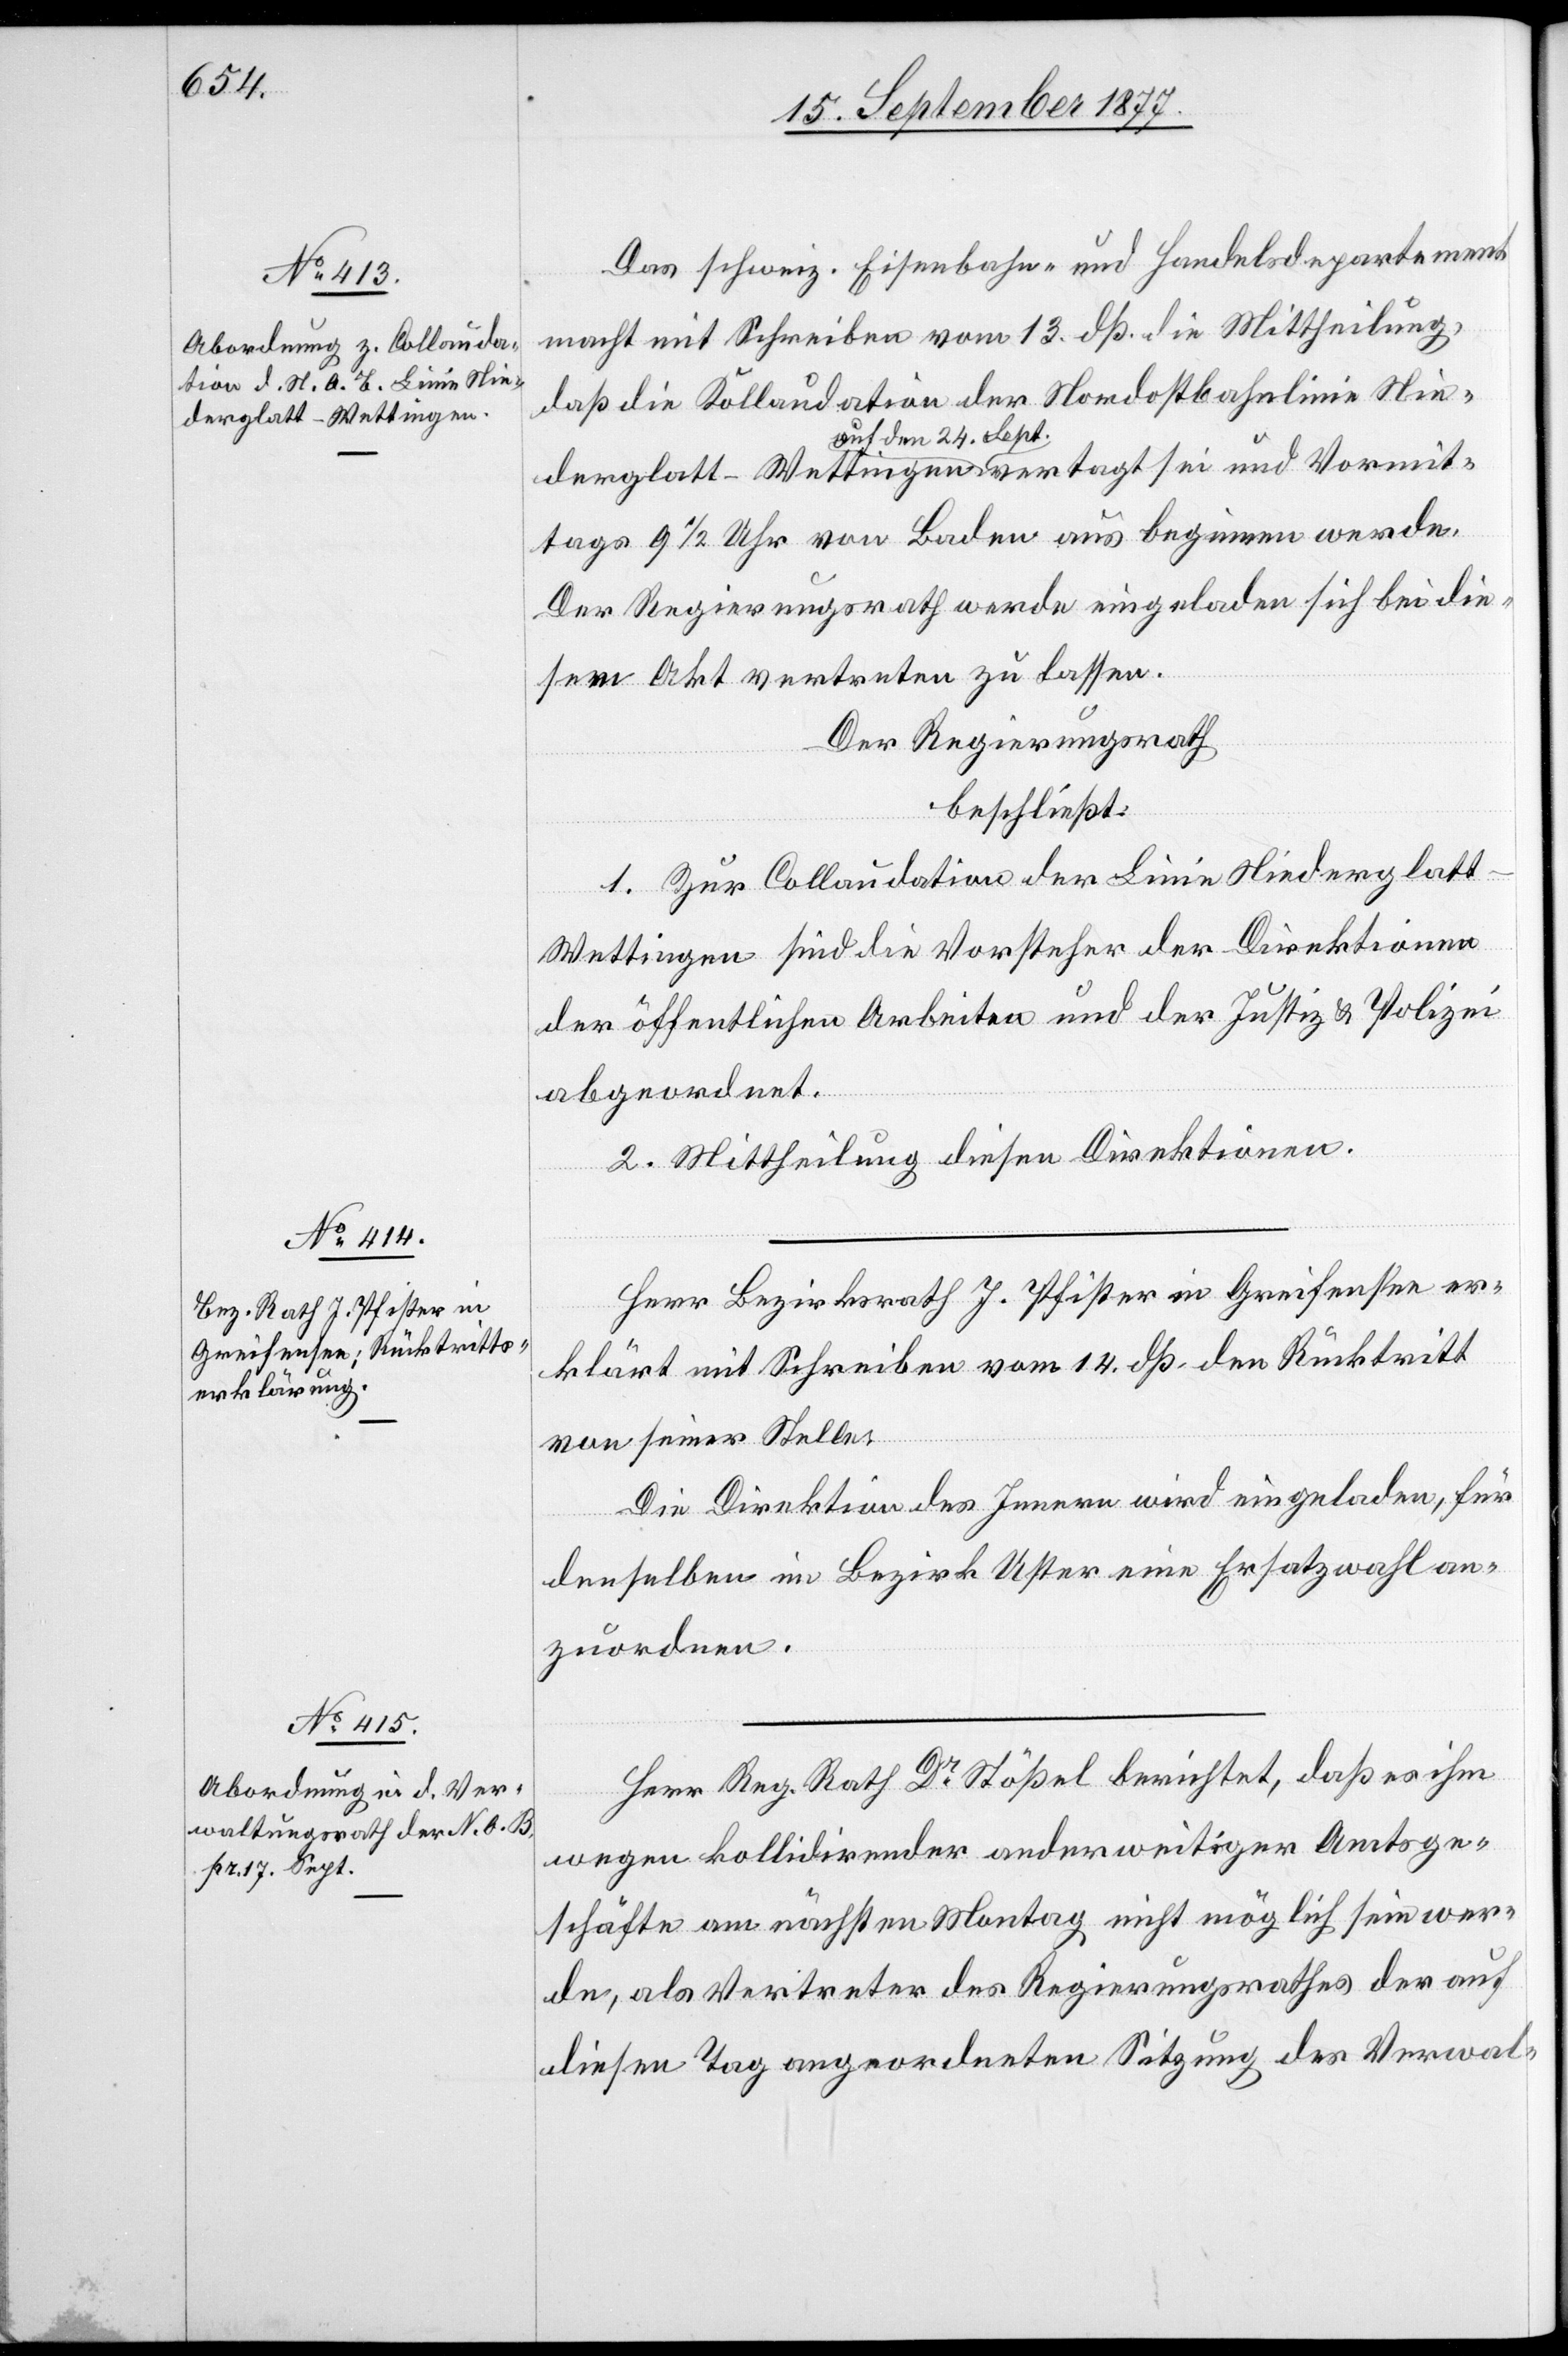
Vormit¬
derglatt–Wettingen

Das schweiz. Eisenbahn- und Handelsdepartement
macht mit Schreiben vom 13. dß. die Mittheilung,
daß die Kollaudation der Nordostbahnlinie Nie¬
auf den 24. Sept.
tags 9 1/2 Uhr von Baden aus beginnen werde.
Der Regierungsrath werde eingeladen sich bei die¬
sem Akt vertreten zu lassen.
Der Regierungsrath
beschließt:
1. Zur Collaudation der Linie Niederglat¬
t–Wettingen sind die Vorsteher der Direktionen
der öffentlichen Arbeiten und der Justiz & Polizei
abgeordnet.
2. Mittheilung diesen Direktionen.
Herr Bezirksrath J. Pfister in Greifensee er¬
klärt mit Schreiben vom 14. dß. den Rücktritt
von seiner Stelle.
Die Direktion des Innern wird eingeladen, für
denselben im Bezirk Uster eine Ersatzwahl an¬
zuordnen.
Herr Reg. Rath Dr Stößel berichtet, daß es ihm
wegen kollidirender anderweitiger Amtsge¬
schäfte am nächsten Montag nicht möglich sein wer¬
de, als Vertreter des Regierungsrathes der auf
diesen Tag angeordneten Sitzung des Verwal-